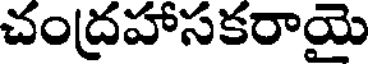
చంద్రహాసకరాయై